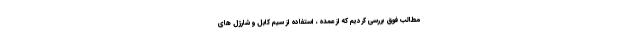
مطالب فوق بررسی کردیم که از عمده ، استفاده از سیم کابل و شارژل های